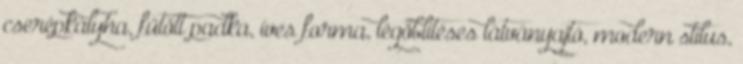
cserépkályha, fűtött padka, íves forma, légöblítéses látványajtó, modern stílus,